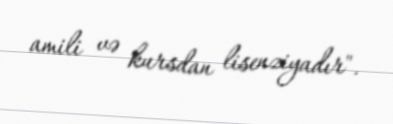
amili və kursdan lisenziyadır".